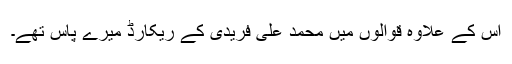
اس کے علاوہ قوالوں میں محمد علی فریدی کے ریکارڈ میرے پاس تھے۔